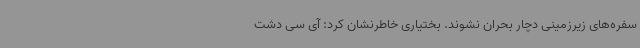
سفره‌های زیرزمینی دچار بحران نشوند. بختیاری خاطرنشان کرد: آی سی دشت